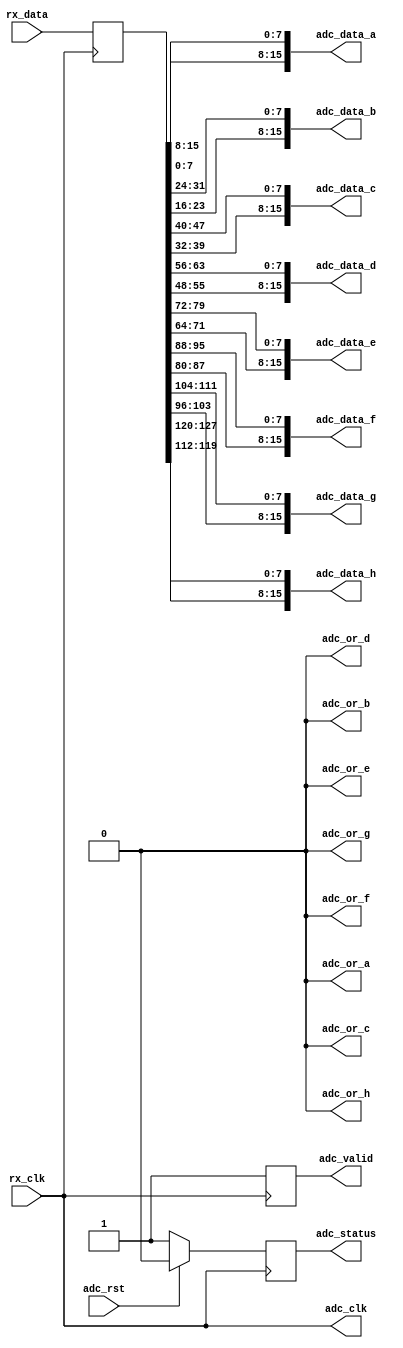
// ***************************************************************************
// ***************************************************************************
// Copyright 2011(c) Analog Devices, Inc.
// 
// All rights reserved.
// 
// Redistribution and use in source and binary forms, with or without modification,
// are permitted provided that the following conditions are met:
//     - Redistributions of source code must retain the above copyright
//       notice, this list of conditions and the following disclaimer.
//     - Redistributions in binary form must reproduce the above copyright
//       notice, this list of conditions and the following disclaimer in
//       the documentation and/or other materials provided with the
//       distribution.
//     - Neither the name of Analog Devices, Inc. nor the names of its
//       contributors may be used to endorse or promote products derived
//       from this software without specific prior written permission.
//     - The use of this software may or may not infringe the patent rights
//       of one or more patent holders.  This license does not release you
//       from the requirement that you obtain separate licenses from these
//       patent holders to use this software.
//     - Use of the software either in source or binary form, must be run
//       on or directly connected to an Analog Devices Inc. component.
//    
// THIS SOFTWARE IS PROVIDED BY ANALOG DEVICES "AS IS" AND ANY EXPRESS OR IMPLIED WARRANTIES,
// INCLUDING, BUT NOT LIMITED TO, NON-INFRINGEMENT, MERCHANTABILITY AND FITNESS FOR A
// PARTICULAR PURPOSE ARE DISCLAIMED.
//
// IN NO EVENT SHALL ANALOG DEVICES BE LIABLE FOR ANY DIRECT, INDIRECT, INCIDENTAL, SPECIAL,
// EXEMPLARY, OR CONSEQUENTIAL DAMAGES (INCLUDING, BUT NOT LIMITED TO, INTELLECTUAL PROPERTY
// RIGHTS, PROCUREMENT OF SUBSTITUTE GOODS OR SERVICES; LOSS OF USE, DATA, OR PROFITS; OR 
// BUSINESS INTERRUPTION) HOWEVER CAUSED AND ON ANY THEORY OF LIABILITY, WHETHER IN CONTRACT,
// STRICT LIABILITY, OR TORT (INCLUDING NEGLIGENCE OR OTHERWISE) ARISING IN ANY WAY OUT OF 
// THE USE OF THIS SOFTWARE, EVEN IF ADVISED OF THE POSSIBILITY OF SUCH DAMAGE.
// ***************************************************************************
// ***************************************************************************
// ***************************************************************************
// ***************************************************************************
// This is the LVDS/DDR interface

`timescale 1ns/100ps

module axi_ad9671_if (

  // jesd interface 
  // rx_clk is (line-rate/40)

  rx_clk,
  rx_data,

  // adc data output

  adc_clk,
  adc_rst,
  adc_valid,
  adc_data_a,
  adc_or_a,
  adc_data_b,
  adc_or_b,
  adc_data_c,
  adc_or_c,
  adc_data_d,
  adc_or_d,
  adc_data_e,
  adc_or_e,
  adc_data_f,
  adc_or_f,
  adc_data_g,
  adc_or_g,
  adc_data_h,
  adc_or_h,
  adc_status);

  // parameters

  parameter PCORE_4L_2L_N = 1;

  // jesd interface 
  // rx_clk is (line-rate/40)

  input                                 rx_clk;
  input   [(64*PCORE_4L_2L_N)+63:0]     rx_data;

  // adc data output

  output                                adc_clk;
  input                                 adc_rst;
  output                                adc_valid;
  output  [ 15:0]                       adc_data_a;
  output                                adc_or_a;
  output  [ 15:0]                       adc_data_b;
  output                                adc_or_b;
  output  [ 15:0]                       adc_data_c;
  output                                adc_or_c;
  output  [ 15:0]                       adc_data_d;
  output                                adc_or_d;
  output  [ 15:0]                       adc_data_e;
  output                                adc_or_e;
  output  [ 15:0]                       adc_data_f;
  output                                adc_or_f;
  output  [ 15:0]                       adc_data_g;
  output                                adc_or_g;
  output  [ 15:0]                       adc_data_h;
  output                                adc_or_h;
  output                                adc_status;

  // internal registers

  reg                                   int_valid = 'd0;
  reg     [127:0]                       int_data = 'd0;
  reg                                   adc_status = 'd0;

  // adc clock & valid

  assign adc_clk = rx_clk;
  assign adc_valid = int_valid;

  assign adc_or_a = 'd0;
  assign adc_or_b = 'd0;
  assign adc_or_c = 'd0;
  assign adc_or_d = 'd0;
  assign adc_or_e = 'd0;
  assign adc_or_f = 'd0;
  assign adc_or_g = 'd0;
  assign adc_or_h = 'd0;
 
  assign adc_data_a = {int_data[  7:  0], int_data[ 15:  8]};
  assign adc_data_b = {int_data[ 23: 16], int_data[ 31: 24]};
  assign adc_data_c = {int_data[ 39: 32], int_data[ 47: 40]};
  assign adc_data_d = {int_data[ 55: 48], int_data[ 63: 56]};
  assign adc_data_e = {int_data[ 71: 64], int_data[ 79: 72]};
  assign adc_data_f = {int_data[ 87: 80], int_data[ 95: 88]};
  assign adc_data_g = {int_data[103: 96], int_data[111:104]};
  assign adc_data_h = {int_data[119:112], int_data[127:120]};

  always @(posedge rx_clk) begin
    if (PCORE_4L_2L_N == 1'b1) begin
      int_valid <= 1'b1;
      int_data <= rx_data;
    end else begin
      int_valid <= ~int_valid;
      int_data <= {rx_data[63:0], int_data[127:64]};
    end
  end

  always @(posedge rx_clk) begin
    if (adc_rst == 1'b1) begin
      adc_status <= 1'b0;
    end else begin
      adc_status <= 1'b1;
    end
  end

endmodule

// ***************************************************************************
// ***************************************************************************